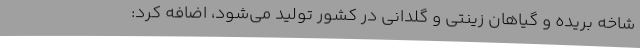
شاخه بریده و گیاهان زینتی و گلدانی در کشور تولید می‌شود، اضافه کرد: